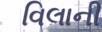
વિલાની